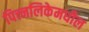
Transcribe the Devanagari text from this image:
पित्त्नलिकेमधील